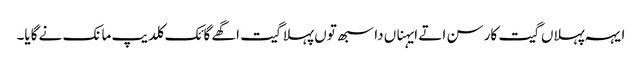
ایہہ پہلاں گیت کار سن اتے ایہناں دا سبھ توں پہلا گیت اگھے گائک کلدیپ مانک نے گایا۔